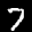
Label: 7